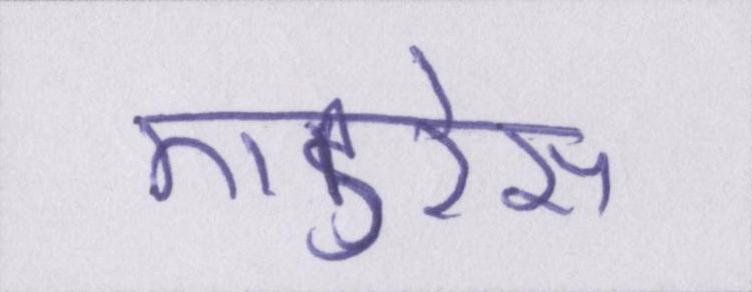
एडरेस